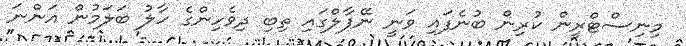
މިނިސްޓްރީން ކުރިން ބުނެފައި ވަނީ ނޭޕާލްގައި ތިބި ދިވެހިންގެ ހާލު ބަލަމުން އަންނަ